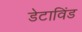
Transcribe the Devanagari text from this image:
डेटाविंड